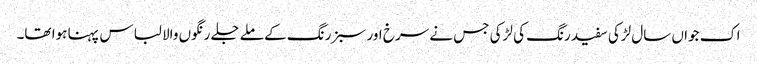
اک جواں سال لڑکی سفید رنگ کی لڑکی جس نے سرخ اور سبز رنگ کے ملے جلے رنگوں والا لباس پہنا ہوا تھا۔